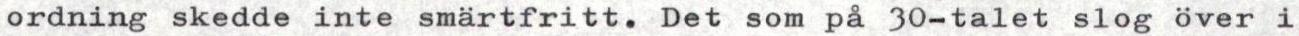
ordning skedde inte smärtfritt. Det som på 30-talet slog över i